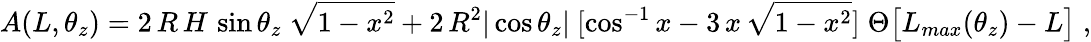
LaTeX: A(L,\theta_{z})=2\, R\, H\, \sin\theta_{z}~\sqrt{1-x^{2}}+2\, R^{2}|\cos\theta_{z}|~[\cos^{-1}x-3\, x\, \sqrt{1-x^{2}}]\; \Theta\bigl[L_{max}(\theta_{z})-L\bigr]\; ,